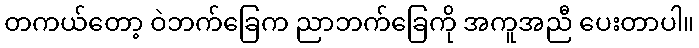
တကယ်တော့ ဝဲဘက်ခြေက ညာဘက်ခြေကို အကူအညီ ပေးတာပါ။